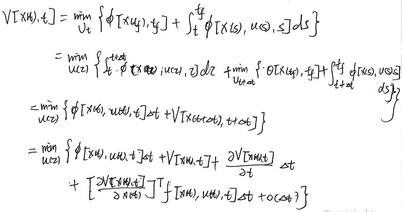
\[
\begin{align*}
V[x(t),t]&=\min_{u\in\Omega}\left\{\phi[x(t),u,t]+\int_{t}^{t_f}\phi[x(s),u(s),s]ds\right\}\\
&=\min_{u\in\Omega}\left\{\int_{t}^{t + \Delta t}\phi[x(s),u(s),s]ds+\min_{u\in\Omega}\left\{\theta[x(t_f),t_f]+\int_{t+\Delta t}^{t_f}\phi[x(s),u(s),s]ds\right\}\right\}\\
&=\min_{u\in\Omega}\left\{\phi[x(t),u(t),t]\Delta t+V[x(t + \Delta t),t+\Delta t]\right\}\\
&=\min_{u\in\Omega}\left\{\phi[x(t),u(t),t]\Delta t+V[x(t),t]+\frac{\partial V[x(t),t]}{\partial t}\Delta t\right.\\
&\quad\left.+\left[\frac{\partial V[x(t),t]}{\partial x}\right]^Tf[x(t),u(t),t]\Delta t+o(\Delta t)\right\}
\end{align*}
\]